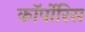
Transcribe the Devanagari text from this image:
कॉर्पोरिस